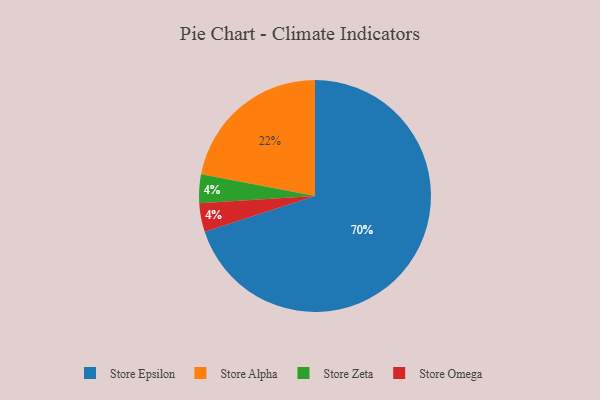
{"axis": {"x": "Category", "y": "Percentage"}, "legend": ["Store Alpha", "Store Epsilon", "Store Omega", "Store Zeta"], "data": [{"x": "Store Zeta", "y": 4, "type": "Store Zeta"}, {"x": "Store Alpha", "y": 22, "type": "Store Alpha"}, {"x": "Store Epsilon", "y": 70, "type": "Store Epsilon"}, {"x": "Store Omega", "y": 4, "type": "Store Omega"}]}